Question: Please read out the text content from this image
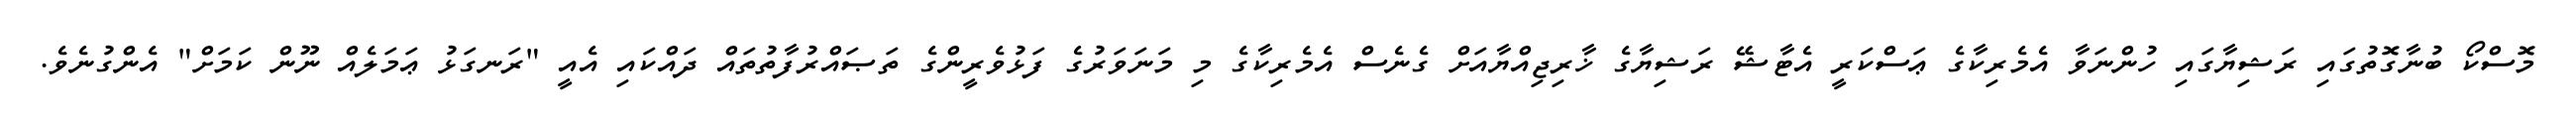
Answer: މޮސްކޯ ބުނާގޮތުގައި ރަޝިޔާގައި ހުންނަވާ އެމެރިކާގެ ޢަސްކަރީ އެޓާޝޭ ރަޝިޔާގެ ޚާރިޖިއްޔާއަށް ގެނެސް އެމެރިކާގެ މި މަނަވަރުގެ ފަޅުވެރީންގެ ތަޞައްރުފާތުތައް ދައްކައި އެއީ "ރަނގަޅު ޢަމަލެއް ނޫން ކަމަށް" އެންގުނެވެ.